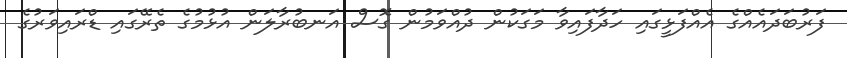
ފަރުބަދައެއްގެ އެއްފަޅީގައި ހަދާފައިވާ މަގަކުން ދުއްވަމުން ގޮސް އަނބުރާލަން އުޅުމުގެ ތެރޭގައި ޑްރައިވަރުގެ